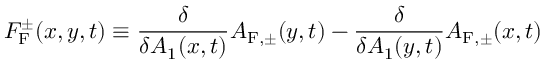
{ \cal F } _ { \mathrm { F } } ^ { \pm } ( x , y , t ) \equiv \frac { \delta } { \delta A _ { 1 } ( x , t ) } { \cal A } _ { \mathrm { F } , \pm } ( y , t ) - \frac { \delta } { \delta A _ { 1 } ( y , t ) } { \cal A } _ { \mathrm { F } , \pm } ( x , t )